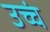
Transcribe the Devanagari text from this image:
उच्चं